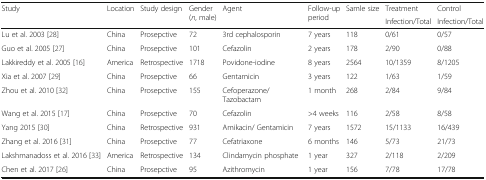
<table><thead><tr><td rowspan="2"><b>Study</b></td><td rowspan="2"><b>Location</b></td><td rowspan="2"><b>Study design</b></td><td rowspan="2"><b>Gender (<i>n</i>, male)</b></td><td rowspan="2"><b>Agent</b></td><td rowspan="2"><b>Follow-up period</b></td><td rowspan="2"><b>Samle size</b></td><td><b>Treatment</b></td><td><b>Control</b></td></tr><tr><td><b>Infection/Total</b></td><td><b>Infection/Total</b></td></tr></thead><tbody><tr><td>Lu et al. 2003 [28]</td><td>China</td><td>Prosepctive</td><td>72</td><td>3rd cephalosporin</td><td>7 years</td><td>118</td><td>0/61</td><td>0/57</td></tr><tr><td>Guo et al. 2005 [27]</td><td>China</td><td>Prosepctive</td><td>101</td><td>Cefazolin</td><td>2 years</td><td>178</td><td>2/90</td><td>0/88</td></tr><tr><td>Lakkireddy et al. 2005 [16]</td><td>America</td><td>Retrospective</td><td>1718</td><td>Povidone-iodine</td><td>8 years</td><td>2564</td><td>10/1359</td><td>8/1205</td></tr><tr><td>Xia et al. 2007 [29]</td><td>China</td><td>Prosepctive</td><td>66</td><td>Gentamicin</td><td>3 years</td><td>122</td><td>1/63</td><td>1/59</td></tr><tr><td>Zhou et al. 2010 [32]</td><td>China</td><td>Prosepctive</td><td>155</td><td>Cefoperazone/ Tazobactam</td><td>1 month</td><td>268</td><td>2/84</td><td>9/84</td></tr><tr><td>Wang et al. 2015 [17]</td><td>China</td><td>Prosepctive</td><td>70</td><td>Cefazolin</td><td>&gt;4 weeks</td><td>116</td><td>2/58</td><td>8/58</td></tr><tr><td>Yang 2015 [30]</td><td>China</td><td>Retrospective</td><td>931</td><td>Amikacin/ Gentamicin</td><td>7 years</td><td>1572</td><td>15/1133</td><td>16/439</td></tr><tr><td>Zhang et al. 2016 [31]</td><td>China</td><td>Prosepctive</td><td>77</td><td>Cefatriaxone</td><td>6 months</td><td>146</td><td>5/73</td><td>21/73</td></tr><tr><td>Lakshmanadoss et al. 2016 [33]</td><td>America</td><td>Retrospective</td><td>134</td><td>Clindamycin phosphate</td><td>1 year</td><td>327</td><td>2/118</td><td>2/209</td></tr><tr><td>Chen et al. 2017 [26]</td><td>China</td><td>Prosepctive</td><td>95</td><td>Azithromycin</td><td>1 year</td><td>156</td><td>7/78</td><td>17/78</td></tr></tbody></table>